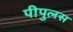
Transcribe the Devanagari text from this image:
पीपुलस